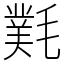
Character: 㲫